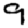
Digit: 9